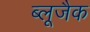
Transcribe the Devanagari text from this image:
ब्लूजैक